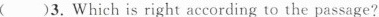
( )3. Which is right according to the passage?